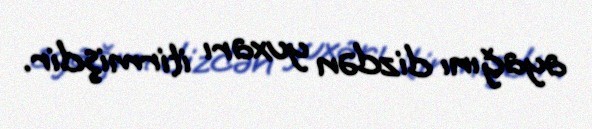
ayağını dizdən yuxarı itirmişdir.